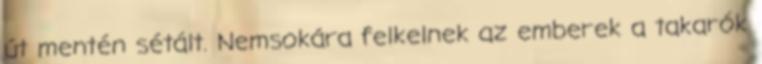
út mentén sétált. Nemsokára felkelnek az emberek a takarók